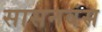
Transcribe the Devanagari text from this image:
सासनवंस